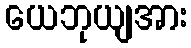
ယေဘုယျအား